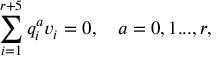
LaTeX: \sum _ { i = 1 } ^ { r + 5 } q _ { i } ^ { a } v _ { i } = 0 , \quad a = 0 , 1 . . . , r ,